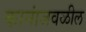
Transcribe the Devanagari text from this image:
कानांजवळील